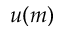
u ( m )